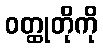
ဝတ္ထုတိုကို